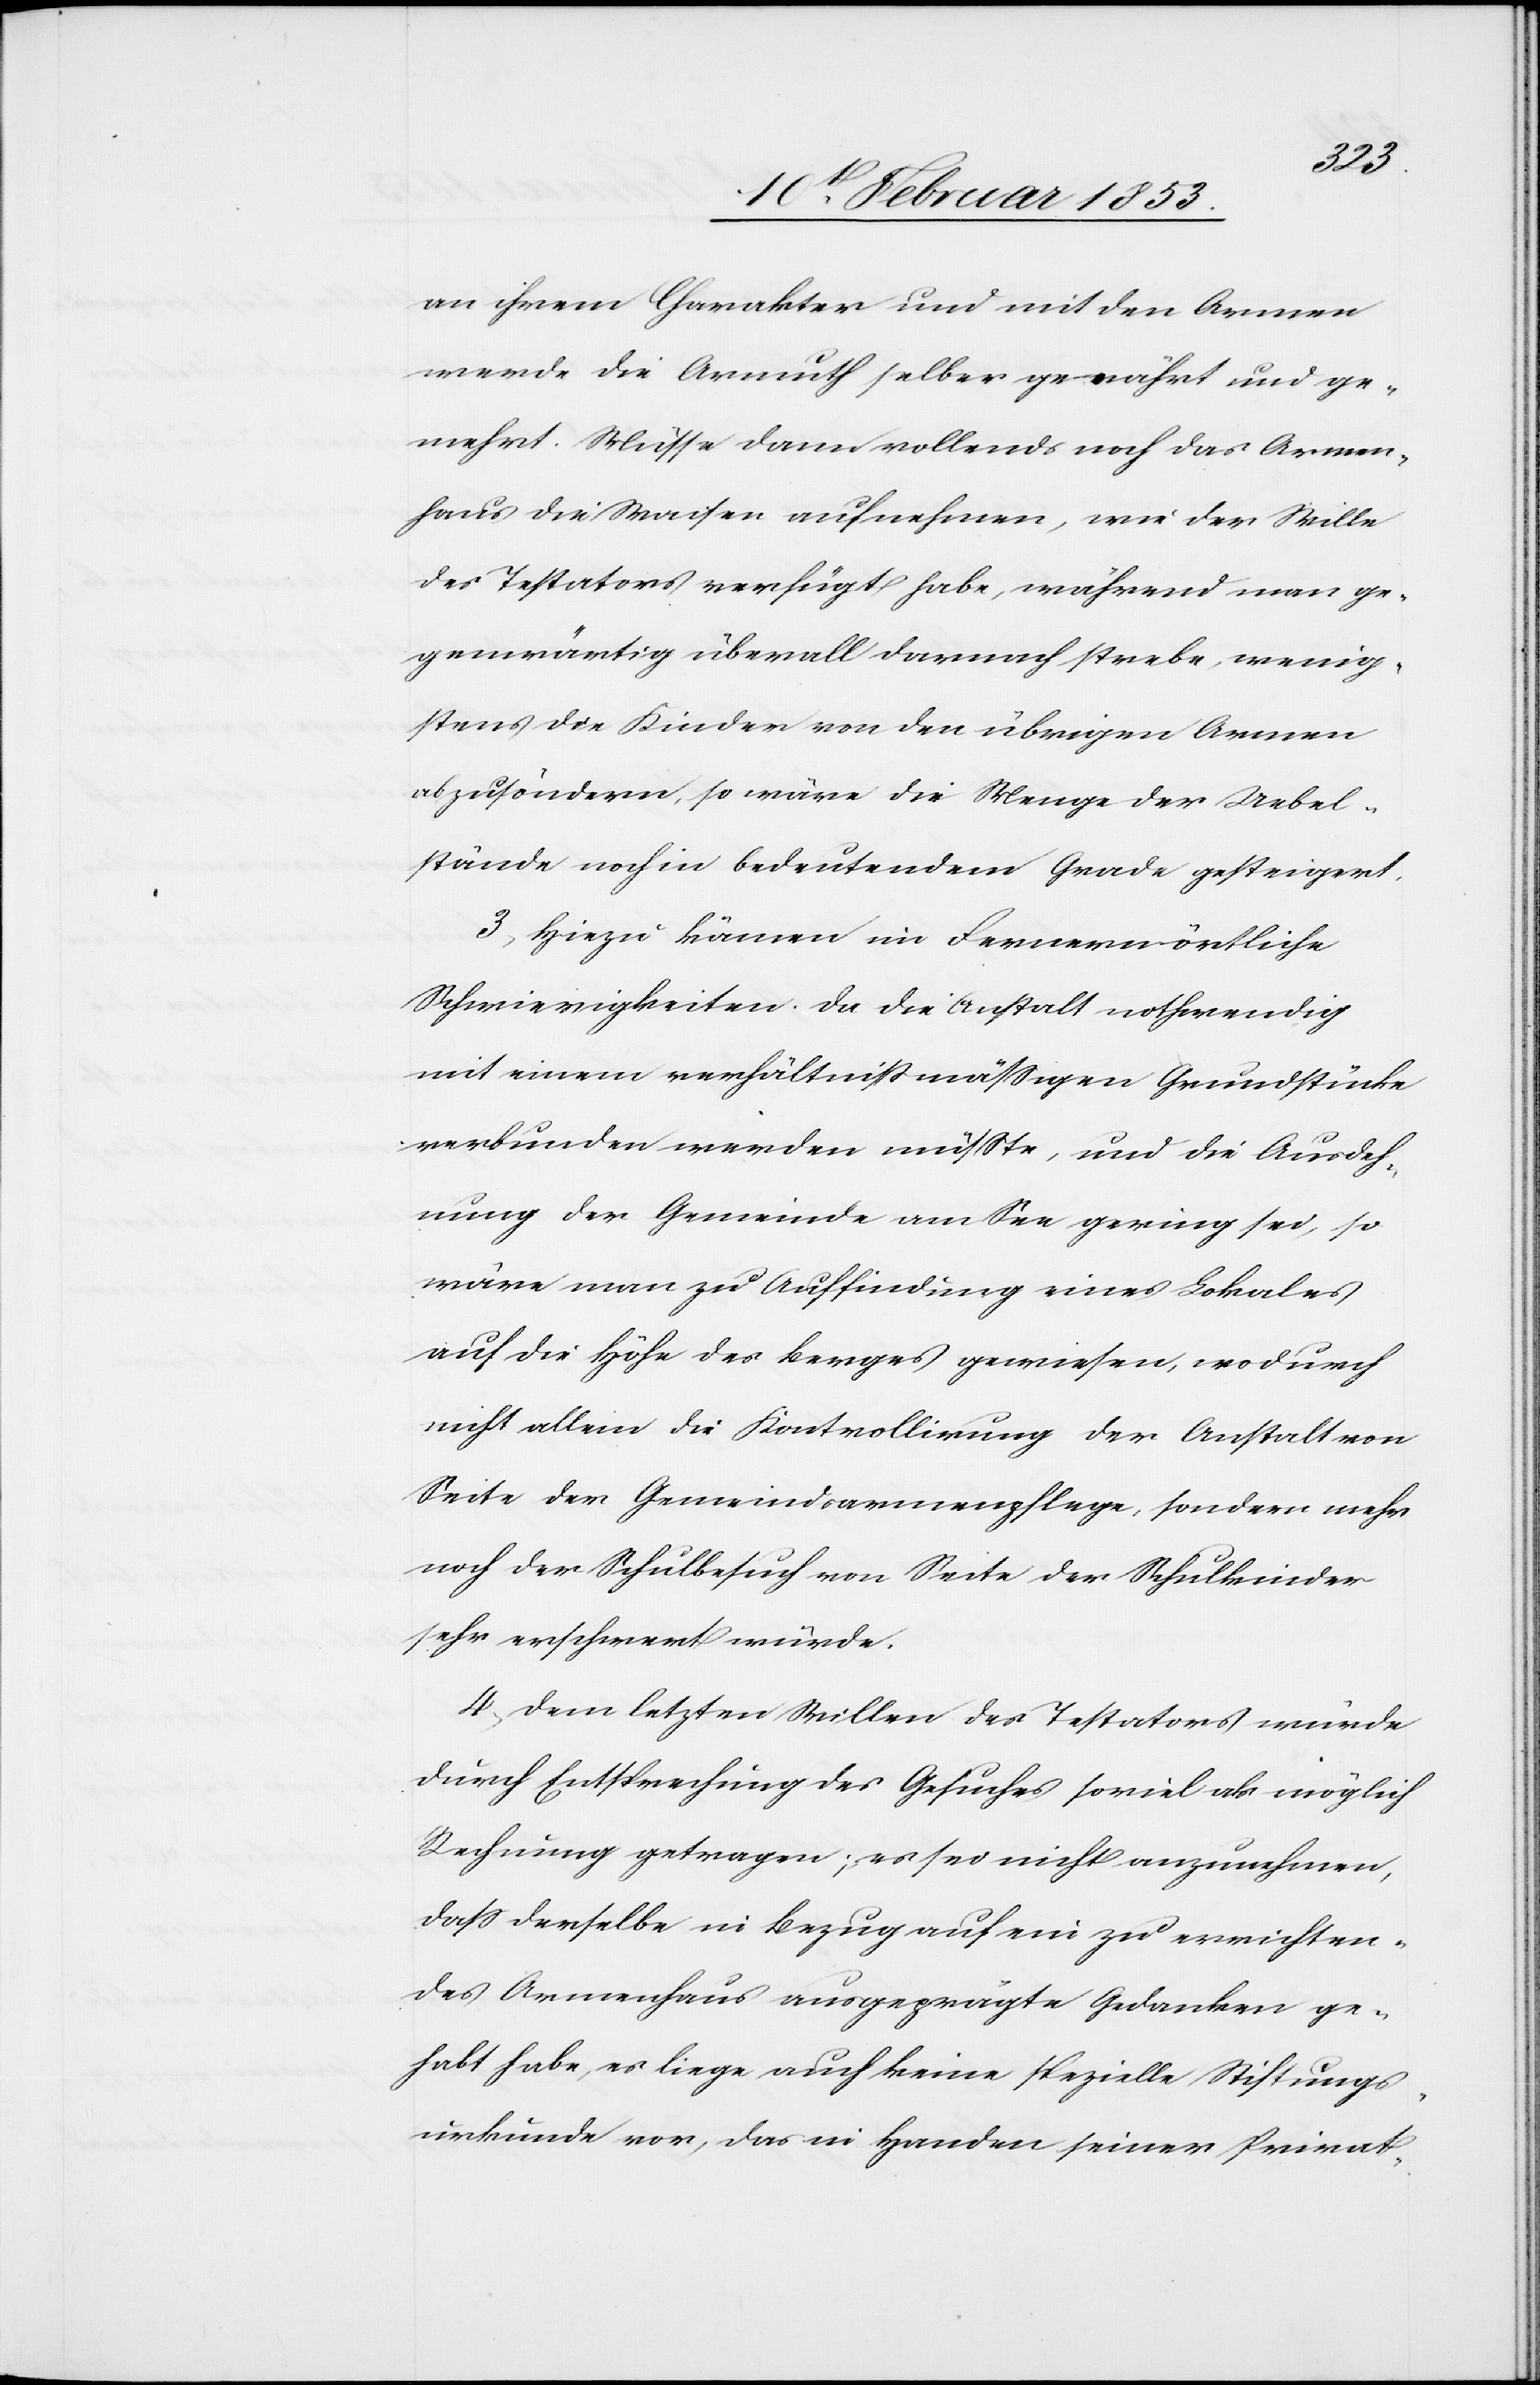
an ihrem Charakter und mit den Armen
werde die Armuth selber genährt und ge¬
mehrt. Müsse dann vollends noch das Armen¬
haus die Waisen aufnehmen, wie der Wille
des Testators verfügt habe, während man ge¬
genwärtig überall darnach strebe, wenig¬
stens die Kinder von den übrigen Armen
abzusondern, so wäre die Menge der Uebel¬
stände noch in bedeutendem Grade gesteigert.
3, Hiezu kämen im Fernern örtliche
Schwierigkeiten da die Anstalt nothwendig
mit einem verhältnißmäßigen Grundstücke
verbunden werden müsste, und die Ausdeh¬
nung der Gemeinde am See gering sei, so
wäre man zu Auffindung eines Lokales
auf die Höhe des Berges gewiesen, wodurch
nicht allein die Kontrollirung der Anstalt von
Seite der Gemeindsarmenpflege, sondern mehr
noch der Schulbesuch von Seite der Schulkinder
sehr erschwert würde.
4, Dem letzten Willen des Testators würde
durch Entsprechung des Gesuches soviel als möglich
Rechnung getragen, es sei nicht anzunehmen,
daß derselbe in Bezug auf ein zu errichten¬
des Armenhaus ausgeprägte Gedanken ge¬
habt habe, es liege auch keine spezielle Stiftungs¬
urkunde vor, das in Handen seiner Privat-